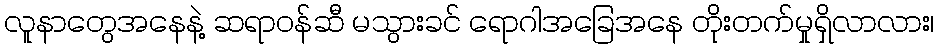
လူနာတွေအနေနဲ့ ဆရာဝန်ဆီ မသွားခင် ရောဂါအခြေအနေ တိုးတက်မှုရှိလာလား၊